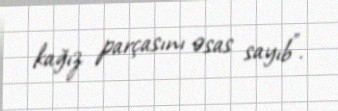
kağız parçasını əsas sayıb”.